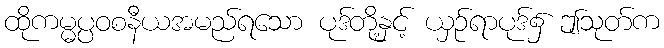
ထိုကမ္မပ္ပဝစနီယအမည်ရသော ပုဒ်တို့နှင့် ယှဉ်ရာပုဒ်၌ ဤသုတ်က